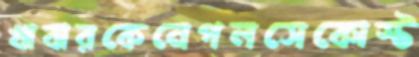
খাবারকেনেপলসেকোস্ট